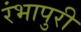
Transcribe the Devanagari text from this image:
रंभापुरी